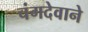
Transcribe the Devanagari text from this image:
चंगदेवाने